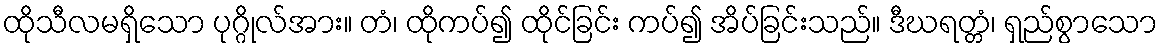
ထိုသီလမရှိသော ပုဂ္ဂိုလ်အား။ တံ၊ ထိုကပ်၍ ထိုင်ခြင်း ကပ်၍ အိပ်ခြင်းသည်။ ဒီဃရတ္တံ၊ ရှည်စွာသော